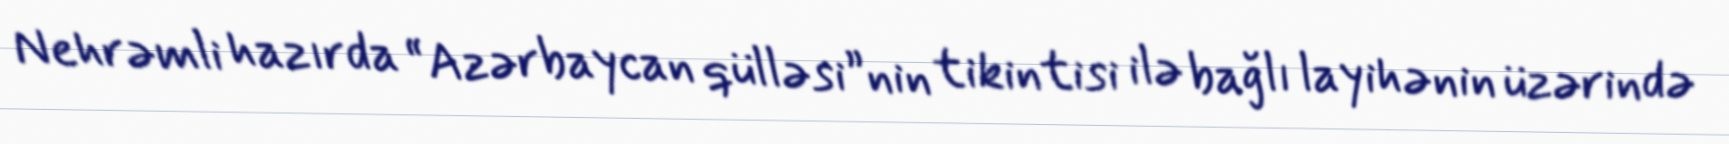
Nehrəmli hazırda “Azərbaycan qülləsi”nin tikintisi ilə bağlı layihənin üzərində